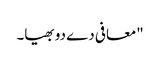
"معافی دے دو بھیا۔